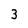
Character: 3